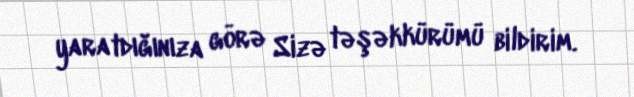
yaratdığınıza görə Sizə təşəkkürümü bildirim.